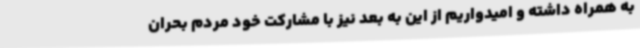
به همراه داشته و امیدواریم از این به بعد نیز با مشارکت خود مردم بحران